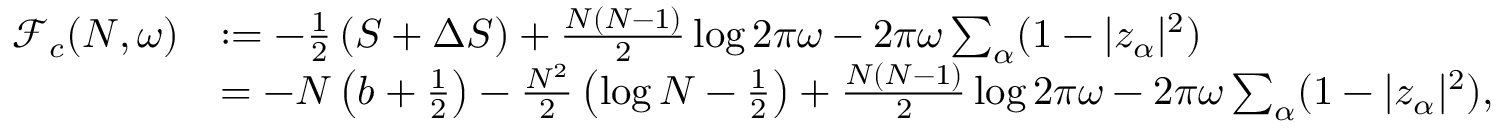
\begin{array} { r l } { \mathcal F _ { c } ( N , \omega ) } & { : = - \frac { 1 } { 2 } \left( S + \Delta S \right) + \frac { N ( N - 1 ) } { 2 } \log 2 \pi \omega - 2 \pi \omega \sum _ { \alpha } ( 1 - | z _ { \alpha } | ^ { 2 } ) } \\ & { = - N \left( b + \frac { 1 } { 2 } \right) - \frac { N ^ { 2 } } { 2 } \left( \log N - \frac { 1 } { 2 } \right) + \frac { N ( N - 1 ) } { 2 } \log 2 \pi \omega - 2 \pi \omega \sum _ { \alpha } ( 1 - | z _ { \alpha } | ^ { 2 } ) , } \end{array}